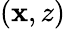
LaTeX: (\mathbf{x},z)